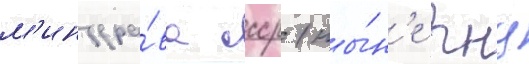
м'инздра́ва ссср (ны́н'е гнц